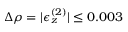
\Delta \rho = | \epsilon _ { z } ^ { ( 2 ) } | \leq 0 . 0 0 3